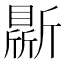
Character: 𣃊